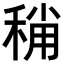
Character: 𥟬